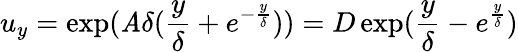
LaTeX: u_{y}=\exp(\mathit{A}\delta(\frac{{y}}{{\delta}}+e^{-\frac{{y}}{{\delta}}}))=D\exp(\frac{{y}}{{\delta}}-e^{\frac{{y}}{{\delta}}})